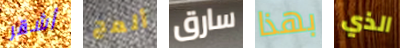
أشقر ألمح سارق بهذا الذي